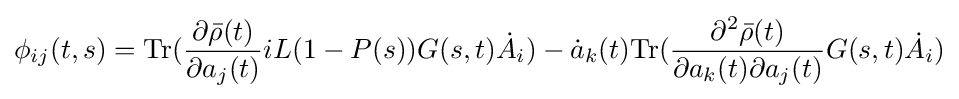
\phi _{ij}(t,s)={\text{Tr}}({\frac {\partial {\bar {\rho }}(t)}{\partial a_{j}(t)}}iL(1-P(s))G(s,t){\dot {A}}_{i})-{\dot {a}}_{k}(t){\text{Tr}}({\frac {\partial ^{2}{\bar {\rho }}(t)}{\partial a_{k}(t)\partial a_{j}(t)}}G(s,t){\dot {A}}_{i})